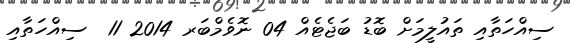
ސިއްހަތާއި ތައުލީމަށް ބޮޑު ބަޖެޓެއް 04 ނޮވެމްބަރ 2014 11  ސިއްހަތާއި